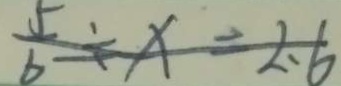
\frac { 5 } { 6 } \div x = 2 . 6